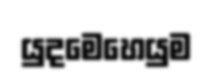
යුදමෙහෙයුම